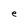
Character: e